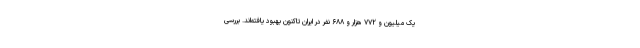
یک میلیون و ۷۷۲ هزار و ۶۸۸ نفر در ایران تاکنون بهبود یافته‌اند. بررسی